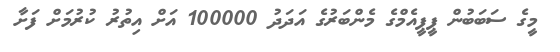
މީގެ ސަބަބުން ޕީޕީއެމްގެ މެންބަރުގެ އަދަދު 100000 އަށް އިތުރު ކުރުމަށް ފަށާ